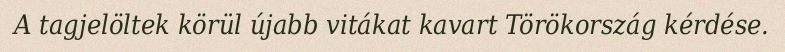
A tagjelöltek körül újabb vitákat kavart Törökország kérdése.